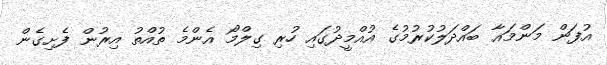
އުފަން މަންމައާ ބައްދަލުކުރުމުގެ އުއްމީދުގައި ހުރި ގިލްމޯ އެންމެ ތުއްތު އިރުން ފެށިގެން